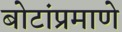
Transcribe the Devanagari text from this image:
बोटांप्रमाणे